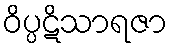
ဝိပ္ပဋိသာရဇာ